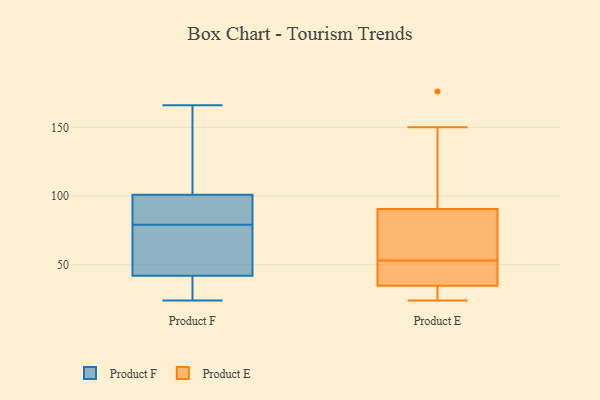
{"axis": {"x": "Latency (ms)", "y": "Value"}, "legend": ["Product E", "Product F"], "data": [{"x": "", "y": 24, "type": "Product F"}, {"x": "", "y": 93, "type": "Product F"}, {"x": "", "y": 37, "type": "Product F"}, {"x": "", "y": 126, "type": "Product F"}, {"x": "", "y": 166, "type": "Product F"}, {"x": "", "y": 29, "type": "Product F"}, {"x": "", "y": 84, "type": "Product F"}, {"x": "", "y": 39, "type": "Product F"}, {"x": "", "y": 92, "type": "Product F"}, {"x": "", "y": 94, "type": "Product F"}, {"x": "", "y": 74, "type": "Product F"}, {"x": "", "y": 108, "type": "Product F"}, {"x": "", "y": 117, "type": "Product F"}, {"x": "", "y": 71, "type": "Product F"}, {"x": "", "y": 60, "type": "Product F"}, {"x": "", "y": 45, "type": "Product F"}, {"x": "", "y": 95, "type": "Product E"}, {"x": "", "y": 150, "type": "Product E"}, {"x": "", "y": 44, "type": "Product E"}, {"x": "", "y": 122, "type": "Product E"}, {"x": "", "y": 176, "type": "Product E"}, {"x": "", "y": 25, "type": "Product E"}, {"x": "", "y": 44, "type": "Product E"}, {"x": "", "y": 77, "type": "Product E"}, {"x": "", "y": 43, "type": "Product E"}, {"x": "", "y": 53, "type": "Product E"}, {"x": "", "y": 64, "type": "Product E"}, {"x": "", "y": 59, "type": "Product E"}, {"x": "", "y": 32, "type": "Product E"}, {"x": "", "y": 26, "type": "Product E"}, {"x": "", "y": 24, "type": "Product E"}]}